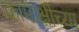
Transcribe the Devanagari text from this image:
कामाक्षीच्या